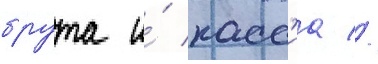
брута и́ касс'иа //